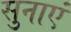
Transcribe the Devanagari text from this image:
सुनाएं